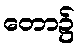
တော၌